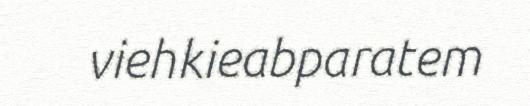
viehkieabparatem